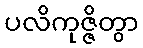
ပလိကုဇ္ဇိတွာ